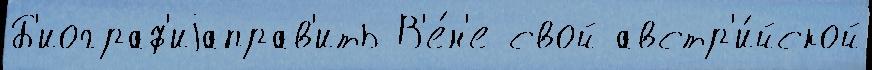
Б'иограф'иjаправ'ить В'е́н'е свой австр'и́йской